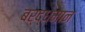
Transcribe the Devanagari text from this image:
बर्द्धमान